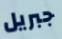
جبريل